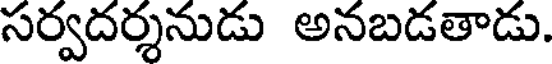
సర్వదర్శనుడు అనబడతాడు.